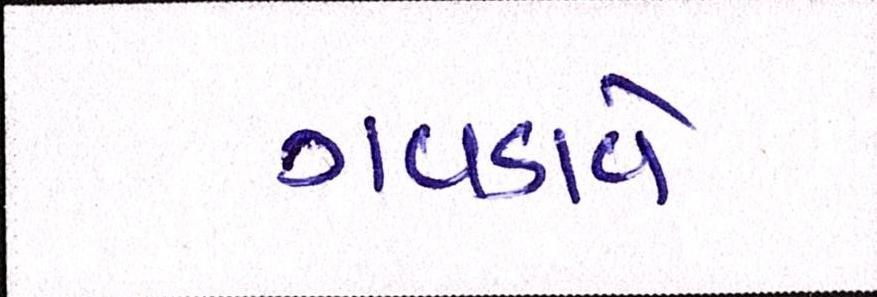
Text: ગવડાવે